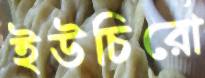
ইউচিরো